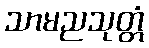
သာမညသုတ္တံ